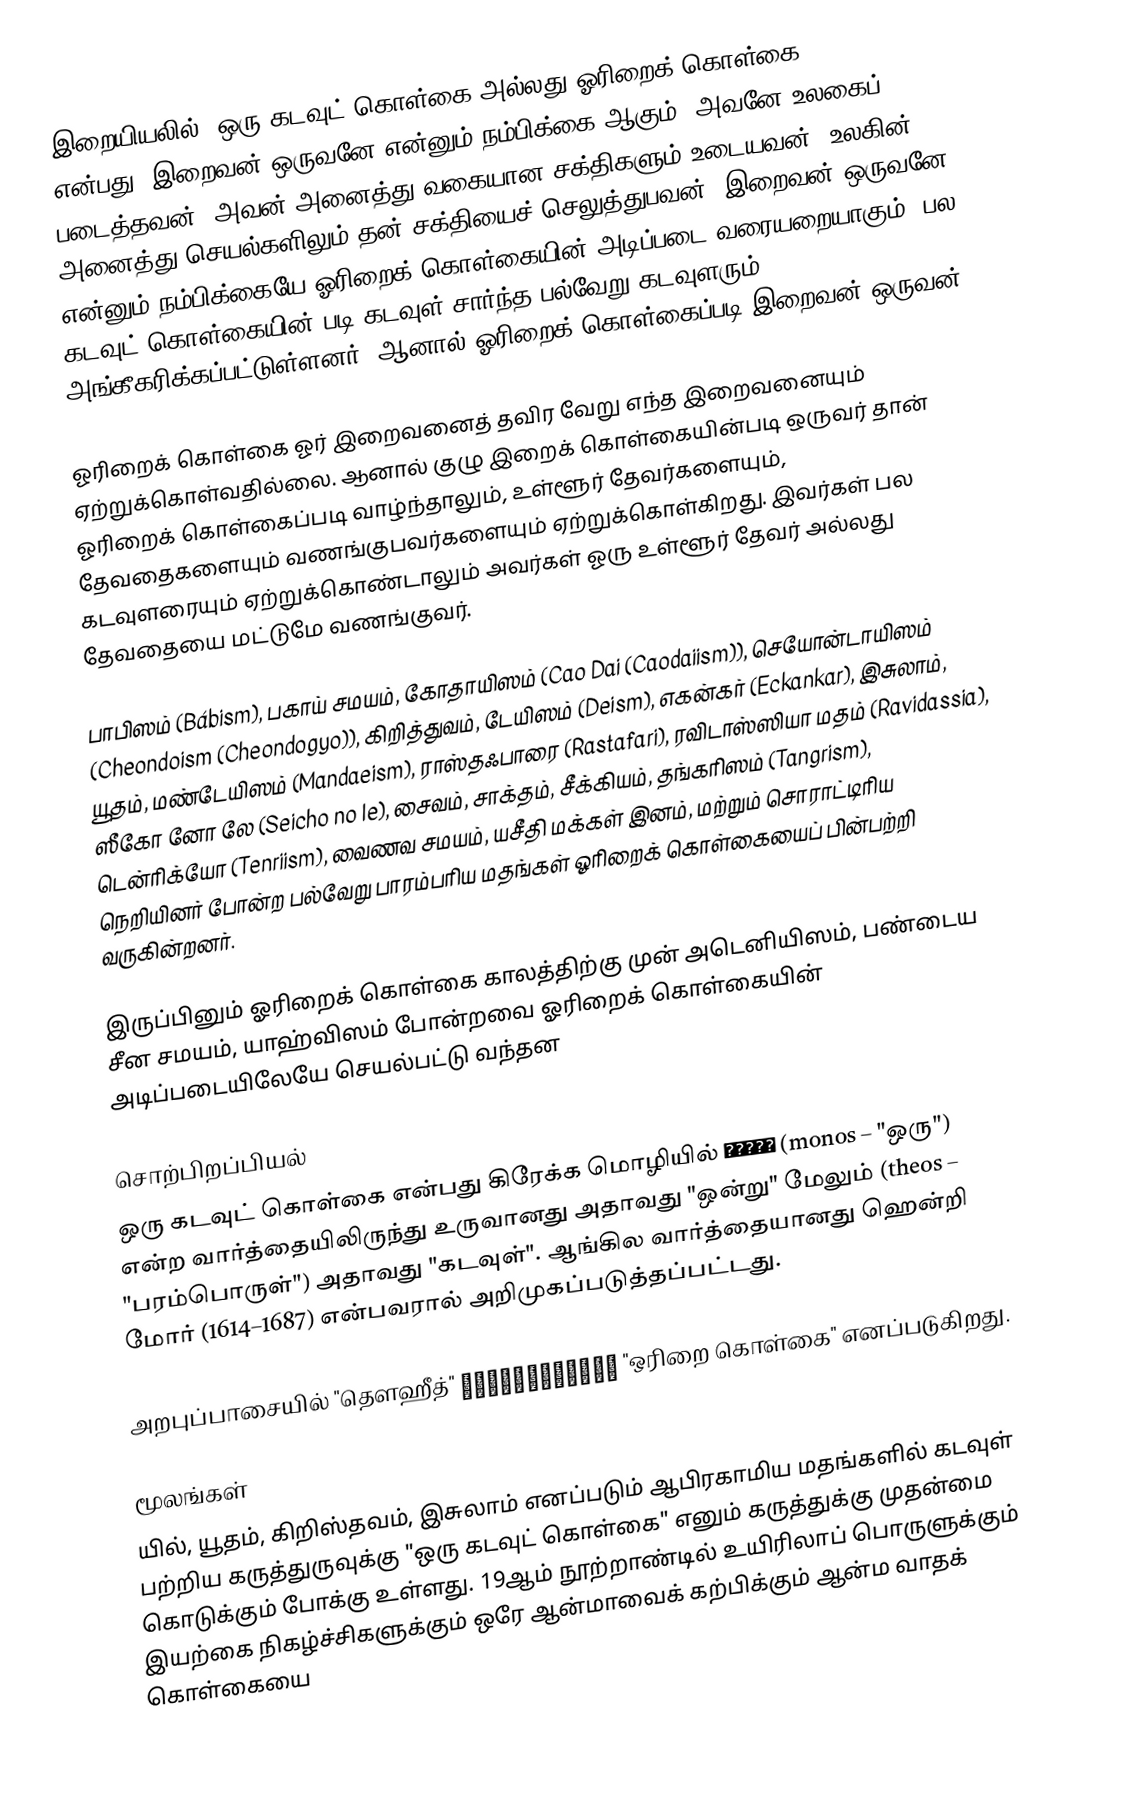
இறையியலில், ஒரு கடவுட் கொள்கை அல்லது ஓரிறைக் கொள்கை (Monotheism) என்பது, இறைவன் ஒருவனே என்னும் நம்பிக்கை ஆகும். அவனே உலகைப் படைத்தவன். அவன்  அனைத்து வகையான சக்திகளும் உடையவன். உலகின் அனைத்து செயல்களிலும் தன் சக்தியைச் செலுத்துபவன். இறைவன் ஒருவனே என்னும் நம்பிக்கையே ஓரிறைக் கொள்கையின் அடிப்படை வரையறையாகும். பல கடவுட் கொள்கையின் படி கடவுள் சார்ந்த பல்வேறு கடவுளரும் அங்கீகரிக்கப்பட்டுள்ளனர். ஆனால் ஓரிறைக் கொள்கைப்படி இறைவன் ஒருவன்

ஓரிறைக் கொள்கை ஓர் இறைவனைத் தவிர வேறு எந்த இறைவனையும் ஏற்றுக்கொள்வதில்லை. ஆனால் குழு இறைக் கொள்கையின்படி ஒருவர் தான் ஓரிறைக் கொள்கைப்படி வாழ்ந்தாலும், உள்ளூர் தேவர்களையும், தேவதைகளையும் வணங்குபவர்களையும் ஏற்றுக்கொள்கிறது. இவர்கள் பல கடவுளரையும் ஏற்றுக்கொண்டாலும் அவர்கள் ஓரு உள்ளூர் தேவர் அல்லது தேவதையை மட்டுமே வணங்குவர்.

பாபிஸம் (Bábism), பகாய் சமயம், கோதாயிஸம் (Cao Dai (Caodaiism)), செயோன்டாயிஸம் (Cheondoism (Cheondogyo)), கிறித்துவம், டேயிஸம் (Deism), எகன்கர் (Eckankar), இசுலாம், யூதம், மண்டேயிஸம் (Mandaeism), ராஸ்தஃபாரை (Rastafari), ரவிடாஸ்ஸியா மதம் (Ravidassia), ஸீகோ னோ லே (Seicho no Ie), சைவம், சாக்தம், சீக்கியம், தங்கரிஸம் (Tangrism), டென்ரிக்யோ (Tenriism), வைணவ சமயம், யசீதி மக்கள் இனம், மற்றும் சொராட்டிரிய நெறியினர் போன்ற பல்வேறு பாரம்பரிய மதங்கள் ஓரிறைக் கொள்கையைப் பின்பற்றி வருகின்றனர். 

இருப்பினும் ஓரிறைக் கொள்கை காலத்திற்கு முன் அடெனியிஸம், பண்டைய சீன சமயம், யாஹ்விஸம் போன்றவை ஓரிறைக் கொள்கையின் அடிப்படையிலேயே செயல்பட்டு வந்தன

சொற்பிறப்பியல்
ஒரு கடவுட் கொள்கை என்பது கிரேக்க மொழியில் μόνος (monos – "ஒரு") என்ற வார்த்தையிலிருந்து உருவானது அதாவது "ஒன்று" மேலும்  (theos – "பரம்பொருள்") அதாவது "கடவுள்". ஆங்கில வார்த்தையானது ஹென்றி மோர் (1614–1687) என்பவரால் அறிமுகப்படுத்தப்பட்டது.

அறபுப்பாசையில் "தௌஹீத்" ُالتَوْحِيْد "ஒரிறை கொள்கை" எனப்படுகிறது.

மூலங்கள்
யில், யூதம், கிறிஸ்தவம், இசுலாம்  எனப்படும் ஆபிரகாமிய மதங்களில்  கடவுள் பற்றிய கருத்துருவுக்கு "ஒரு கடவுட் கொள்கை" எனும் கருத்துக்கு முதன்மை கொடுக்கும் போக்கு உள்ளது. 19ஆம் நூற்றாண்டில் உயிரிலாப் பொருளுக்கும் இயற்கை நிகழ்ச்சிகளுக்கும் ஒரே ஆன்மாவைக் கற்பிக்கும் ஆன்ம வாதக் கொள்கையை